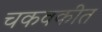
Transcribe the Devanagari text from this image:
चकवकीत